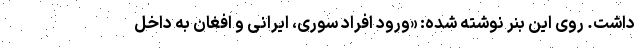
داشت. روی این بنر نوشته شده: «ورود افراد سوری، ایرانی و افغان به داخل